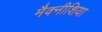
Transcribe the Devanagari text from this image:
मैक्नीशिया